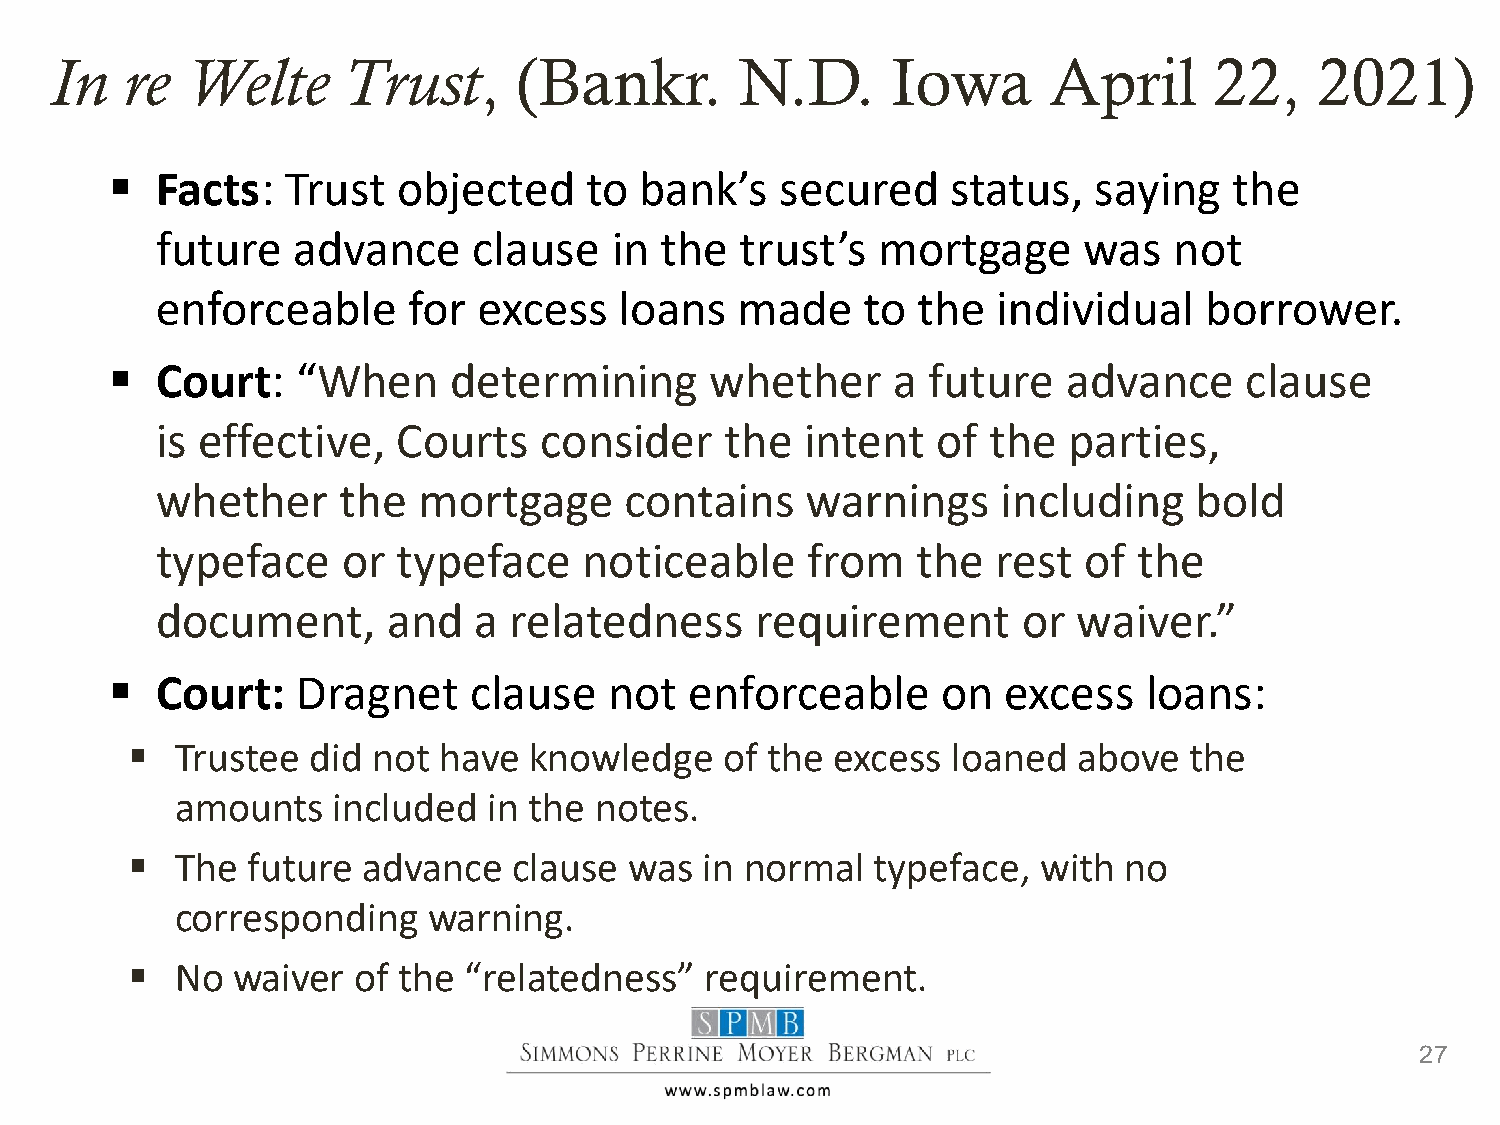
In   re  Welte      Trust,     (Bankr.        N.D.      Iowa      April      22,    2021)
   Facts:   Trust  objected     to bank’s    secured    status,  saying    the
 future   advance     clause   in  the  trust’s  mortgage      was   not
 enforceable      for  excess   loans   made    to  the  individual    borrower.
   Court:    “When     determining      whether     a future    advance    clause
 is effective,   Courts    consider    the  intent   of the   parties,
 whether     the   mortgage     contains    warnings     including    bold
 typeface     or typeface     noticeable    from    the  rest  of the
 document,       and  a  relatedness     requirement       or waiver.”
   Court:    Dragnet    clause   not   enforceable     on   excess   loans:
    Trustee did  not have  knowledge    of the excess  loaned  above   the
 amounts   included  in the notes.
    The future  advance   clause  was  in normal  typeface,  with no
 corresponding   warning.
    No waiver  of the  “relatedness”   requirement.
 27